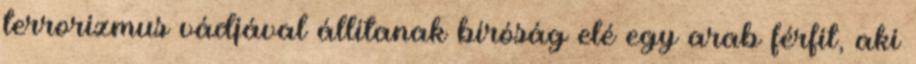
terrorizmus vádjával állítanak bíróság elé egy arab férfit, aki